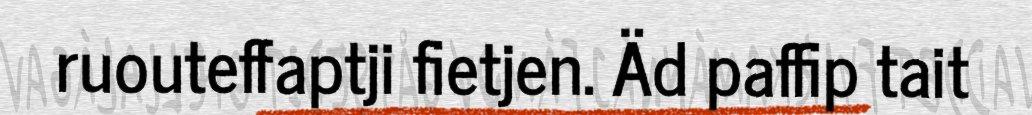
ruouteffaptji fietjen. Äd paffip tait